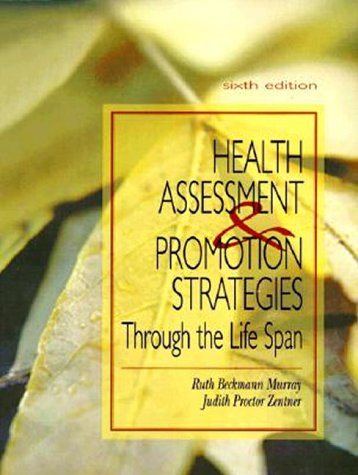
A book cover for Nursing Assessment And Health Promotion Strategies Through The Life Span; Ruth Beckmann Murray; Medical Books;